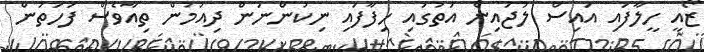
ޒޯއީ ހީލާފައި އައިސް ލުޖައިން އަތުގައި ހިފާފައި ނިކުންނަން ދިއުމުން ތިއާވެސް ފަހަތުން